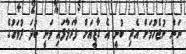
ނަން ނުޖެހުމަށް އެދި ބުނީ އެ ގާޒީއަށް ފާރަލާފައި ވަނީ ބުދަ ދުވަހުގެ